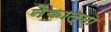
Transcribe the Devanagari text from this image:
नैकात्मा